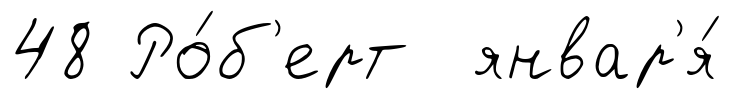
48 Ро́б'ерт январ'я́